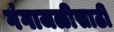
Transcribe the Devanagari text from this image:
गंगाजळीसाठी